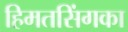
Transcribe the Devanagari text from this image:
हिमतसिंगका